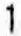
1